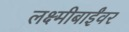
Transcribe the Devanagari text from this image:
लक्ष्मीबाईंवर